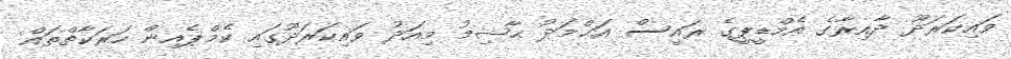
ވައިކަރަދޫ ދާއިރާގެ އެމްޑީޕީގެ ރައީސް އަޙްމަދު ޙާޝިމު މިއަދު ވައިކަރަދޫގައި ކެމްޕެއިން ހަރަކާތްތައް